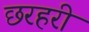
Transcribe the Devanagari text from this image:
छरहरी